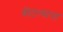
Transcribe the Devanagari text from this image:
बीटल्सना